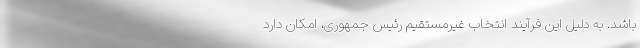
باشد. به دلیل این فرآیند انتخاب غیرمستقیم رئيس جمهوری، امکان دارد